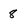
Character: 8